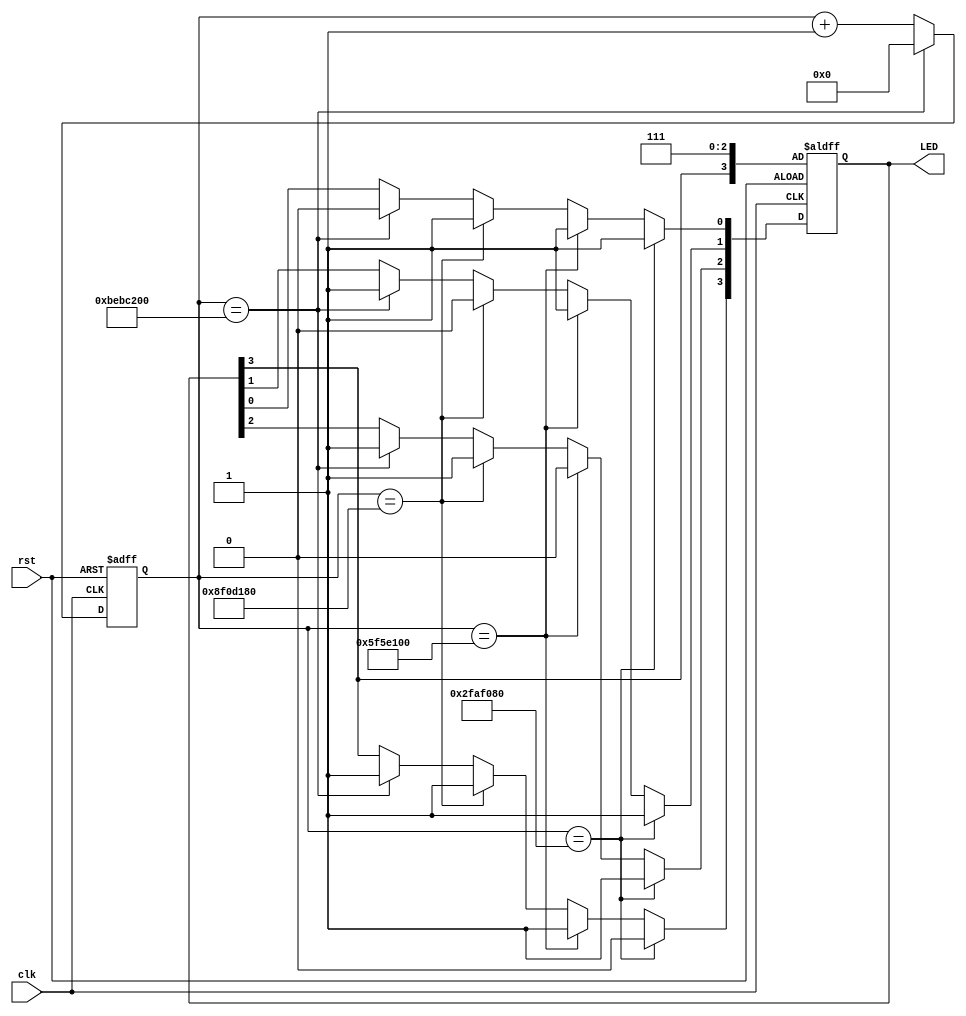
//-----------------------------------------------------------------------------
//-- $Id: LED.v, v 0.1 2012/06/28 10:28:54 Aku
//------------------------------------------------------------------------------
//-- Title         : Siga-S16 Verilog Examble
//-- File          : LED.v
//-- Project       : Siga-S16
//-- Author        : Aku  <sigadsp@126.com>
//-- Created       : 4.7.2012
//------------------------------------------------------------------------------
//-- Description   : Siga-S16 led example 
//------------------------------------------------------------------------------
//-- History       : 
//------------------------------------------------------------------------------
//-- Copyright (C) SigaDSP
//-- All rights reserved. Reproduction in whole or part is prohibited 
//-- without a written permission of the copyright owner.
//------------------------------------------------------------------------------


`timescale 1ns / 1ps


module led (
               // inputs:
                  clk,
                  rst,
                  LED
             );
             
//===========================================================================
// PORT declarations
//===========================================================================
input clk;
input rst;
output [3:0] LED;

reg [31:0] timer;
reg [3:0] LED_reg;



assign LED = LED_reg;

  always @(posedge clk or posedge rst)
    begin
      if (rst)
          timer[31:0] <= 0;
      else if (timer[31:0] == 200000000)
          timer[31:0] <= 0;		 
      else
          timer[31:0] <= timer[31:0] + 1;  
	 end


  always @(posedge clk or posedge rst)
    begin
      if (rst)
          LED_reg[2:0] <= 4'b1111;
      else if (timer == 50000000)
		begin
		    LED_reg[0] = 1'b1;
		    LED_reg[1] = 1'b1;
		    LED_reg[2] = 1'b1;
			 LED_reg[3] = 1'b0;
      end			 
      else if (timer == 100000000)
		begin
		    LED_reg[0] = 1'b1;
		    LED_reg[1] = 1'b1;
		    LED_reg[2] = 1'b0;
			 LED_reg[3] = 1'b1;
	   end
      else if (timer == 150000000)
		begin
		    LED_reg[0] = 1'b1;
		    LED_reg[1] = 1'b0;
		    LED_reg[2] = 1'b1; 
			 LED_reg[3] = 1'b1;
      end			 
      else if (timer == 200000000)
		begin
		    LED_reg[0] = 1'b0;
		    LED_reg[1] = 1'b1;
		    LED_reg[2] = 1'b1;
			 LED_reg[3] = 1'b1;
      end			 
    end
    
endmodule